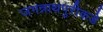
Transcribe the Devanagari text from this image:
जगन्नाथपुरीकडे